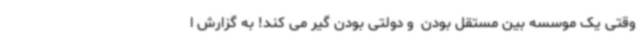
وقتی یک موسسه بین مستقل بودن  و دولتی بودن گیر می کند! به گزارش ا